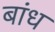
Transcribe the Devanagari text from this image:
बांध्‍ा